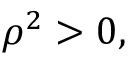
\rho ^ { 2 } > 0 ,